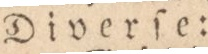
emottagas gamla till lagning och ſwärtning. Jag är boende